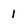
Character: 1